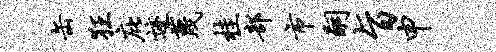
缶狂庇迹蔑桂部市嗣旨申